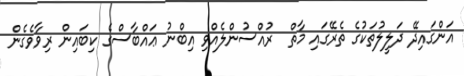
އަންގައިދޭ ދަލީލުތަކުގެ ތެރޭގައި މާތް  ރުއްސުންލެއްވި އިބްނު ޢައްބާސްގެ ކިބައިން ރިވާވެގެން